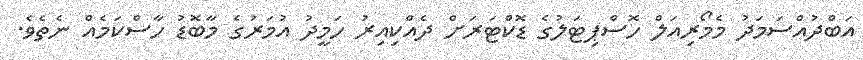
އަބްދުއްސަމަދު މެމޯރިއަލް ހޮސްޕިޓަލުގެ ޑޮކްޓަރަށް ދެއްކިއިރު ހަމީދު އުމަރުގެ މާބޮޑު ހާސްކަމެއް ނެތެވެ.